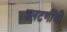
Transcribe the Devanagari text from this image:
पलटणींची